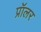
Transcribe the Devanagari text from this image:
प्रॉलर